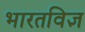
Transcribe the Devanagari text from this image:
भारतविज्ञ